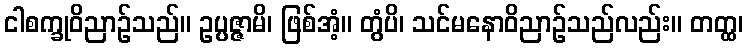
ငါစက္ခုဝိညာဉ်သည်။ ဥပ္ပဇ္ဇာမိ၊ ဖြစ်အံ့။ တွံပိ၊ သင်မနောဝိညာဉ်သည်လည်း။ တတ္ထ၊